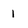
Character: l